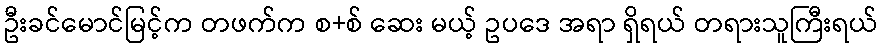
ဦးခင်မောင်မြင့်က တဖက်က စ+စ် ဆေး မယ့် ဥပဒေ အရာ ရှိရယ် တရားသူကြီးရယ်